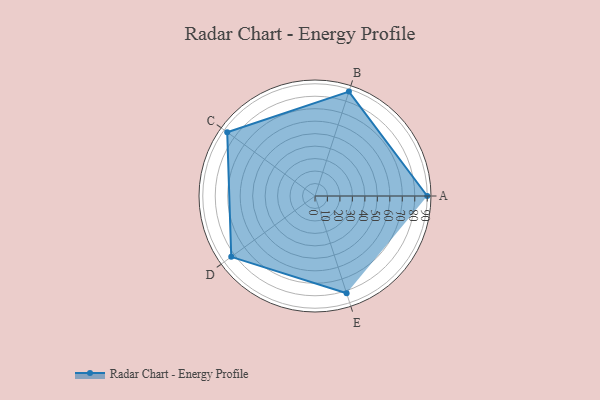
{"axis": {"x": "Skill", "y": "Score"}, "legend": ["Profile"], "data": [{"x": "A", "y": 90.0, "type": "Profile"}, {"x": "B", "y": 88.0, "type": "Profile"}, {"x": "C", "y": 87.0, "type": "Profile"}, {"x": "D", "y": 83.0, "type": "Profile"}, {"x": "E", "y": 82.0, "type": "Profile"}]}